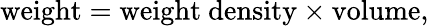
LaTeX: {\mathrm{weight}}={\mathrm{weight~density}}\times{\mathrm{volume}},